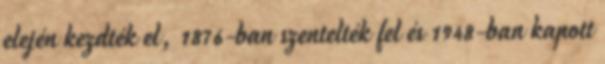
elején kezdték el, 1876-ban szentelték fel és 1948-ban kapott